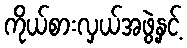
ကိုယ်စားလှယ်အဖွဲ့နှင့်